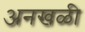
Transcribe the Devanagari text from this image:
अनखळी